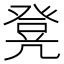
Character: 凳